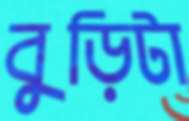
বুড়িটা